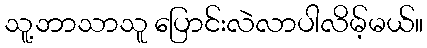
သူ့ဘာသာသူ ပြောင်းလဲလာပါလိမ့်မယ်။